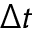
\Delta t